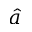
\hat { a }